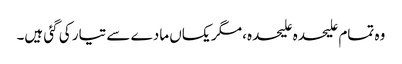
وہ تمام علیحدہ علیحدہ، مگر یکساں مادے سے تیار کی گئی ہیں۔